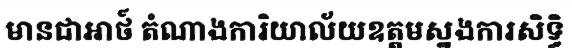
មានជាអាថ៍ តំណាងការិយាល័យឧត្តមស្នងការសិទ្ធិ